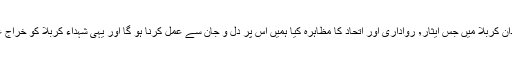
انہوں نے کہا کہ قافلہ حسین ص نے میدان کربلا میں جس ایثار٬ رواداری اور اتحاد کا مظاہرہ کیا ہمیں اس پر دل و جان سے عمل کرنا ہو گا اور یہی شہداء کربلا کو خراج عقیدت پیش کرنے کا بہترین طریقہ ہے۔